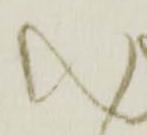
い